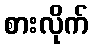
စားလိုက်